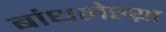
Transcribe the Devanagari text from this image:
बांधलेल्य़ा